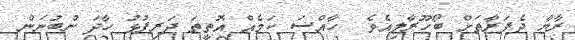
ރާޔާ ދެފަރާތަށް ބޯހޫރާލިއެވެ  ހާއްސަ ކަމެއް އޮތީތަ ދަރިފުޅު ހާދަ ނުބުނަން